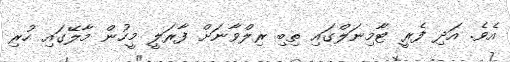
އެވެ. އަދި ފެރީ ޓާމިނަލްގައި ތިބި ރިލްވާނަށް ފާރަލީ މީހުން މާލޭގައި ހުރި